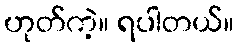
ဟုတ်ကဲ့။ ရပါတယ်။